Anatomy and histology of ticks - Number 23
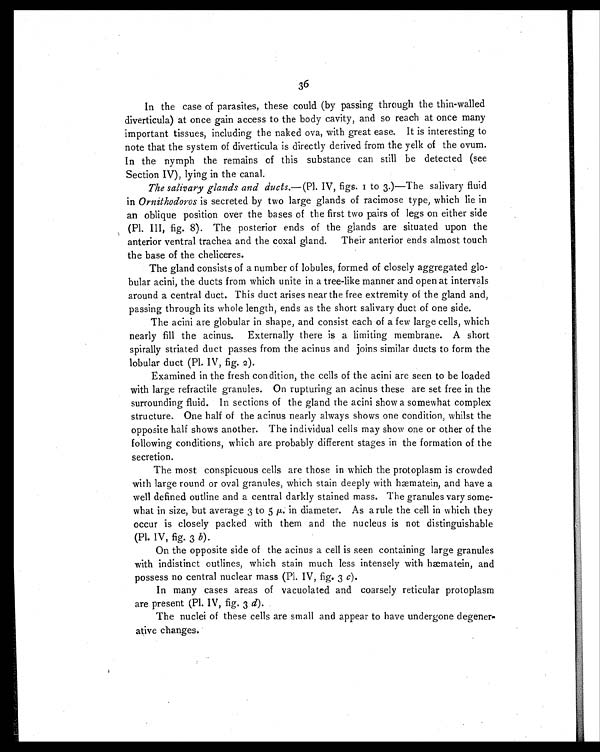
36
In the case of parasites, these could (by passing through the thin-walled
diverticula) at once gain access to the body cavity, and so reach at once many
important tissues, including the naked ova, with great ease. It is interesting to
note that the system of diverticula is directly derived from the yelk of the ovum.
In the nymph the remains of this substance can still be detected (see
Section IV), lying in the canal.
The salivary glands and ducts. —(Pl. IV, figs. 1 to 3.)—The salivary fluid
in Ornithodoros is secreted by two large glands of racimose type, which lie in
an oblique position over the bases of the first two pairs of legs on either side
(Pl. III, fig. 8). The posterior ends of the glands are situated upon the
anterior ventral trachea and the coxal gland. Their anterior ends almost touch
the base of the cheliceres.
The gland consists of a number of lobules, formed of closely aggregated glo-
bular acini, the ducts from which unite in a tree-like manner and open at intervals
around a central duct. This duct arises near the free extremity of the gland and,
passing through its whole length, ends as the short salivary duct of one side.
The acini are globular in shape, and consist each of a few large cells, which
nearly fill the acinus. Externally there is a limiting membrane. A short
spirally striated duct passes from the acinus and joins similar ducts to form the
lobular duct (Pl. IV, fig. 2).
Examined in the fresh condition, the cells of the acini are seen to be loaded
with large refractile granules. On rupturing an acinus these are set free in the
surrounding fluid. In sections of the gland the acini show a somewhat complex
structure. One half of the acinus nearly always shows one condition, whilst the
opposite half shows another. The individual cells may show one or other of the
following conditions, which are probably different stages in the formation of the
secretion.
The most conspicuous cells are those in which the protoplasm is crowded
with large round or oval granules, which stain deeply with hæmatein, and have a
well defined outline and a central darkly stained mass. The granules vary some-
what in size, but average 3 to 5 µ. in diameter. As a rule the cell in which they
occur is closely packed with them and the nucleus is not distinguishable
(Pl. IV, fig. 3 b).
On the opposite side of the acinus a cell is seen containing large granules
with indistinct outlines, which stain much less intensely with hæmatein, and
possess no central nuclear mass (Pl. IV, fig. 3 c).
In many cases areas of vacuolated and coarsely reticular protoplasm
are present (Pl. IV, fig, 3 d).
The nuclei of these cells are small and appear to have undergone degener-
ative changes.